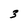
Character: 3